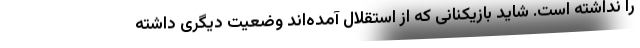
را نداشته است. شاید بازیکنانی که از استقلال آمده‌اند وضعیت دیگری داشته